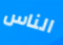
الناس